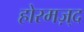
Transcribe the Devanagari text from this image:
होरमज़्द